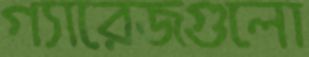
গ্যারেজগুলো